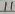
Text: 11